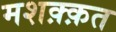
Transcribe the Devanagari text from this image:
मशक़्क़त